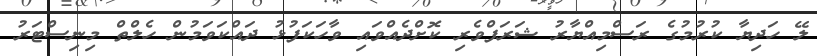
ލޭ ހަދިޔާ ކުރުމުގެ ރަސްމިއްޔާރު ޝަރަފްވެރި ކޮށްދެއްވައި ވާހަކަފުޅު ދައްކަވަމުން ހެލްތް މިނިސްޓަރު